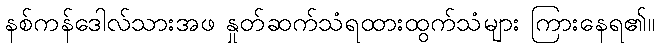
နစ်ကန်ဒေါလ်သားအဖ နှုတ်ဆက်သံရထားထွက်သံများ ကြားနေရ၏။